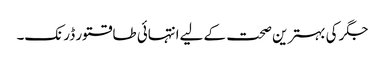
جگر کی بہترین صحت کے لیےانتہائی طاقتور ڈرنک۔